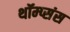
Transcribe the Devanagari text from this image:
थॉम्प्संस